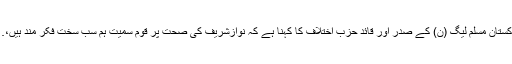
پاکستان مسلم لیگ (ن) کے صدر اور قائد حزب اختلاف کا کہنا ہے کہ نوازشریف کی صحت پر قوم سمیت ہم سب سخت فکر مند ہیں،…